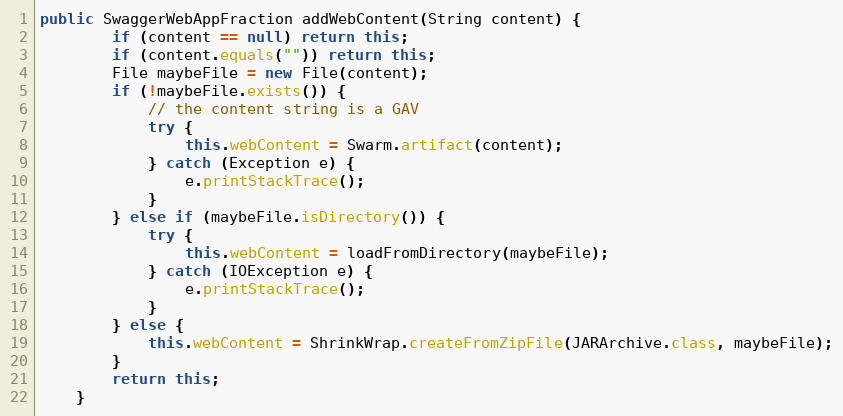
Language: Java
public SwaggerWebAppFraction addWebContent(String content) {
        if (content == null) return this;
        if (content.equals("")) return this;
        File maybeFile = new File(content);
        if (!maybeFile.exists()) {
            // the content string is a GAV
            try {
                this.webContent = Swarm.artifact(content);
            } catch (Exception e) {
                e.printStackTrace();
            }
        } else if (maybeFile.isDirectory()) {
            try {
                this.webContent = loadFromDirectory(maybeFile);
            } catch (IOException e) {
                e.printStackTrace();
            }
        } else {
            this.webContent = ShrinkWrap.createFromZipFile(JARArchive.class, maybeFile);
        }
        return this;
    }